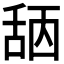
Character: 𦧖